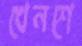
খেনশে